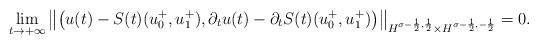
LaTeX: \begin{align*} \lim_{t \rightarrow + \infty} \left\|\left(u(t) - S(t)(u_0^+, u_1^+), \partial_t u(t) - \partial_t S(t)(u_0^+, u_1^+)\right)\right\|_{H^{\sigma-\frac{1}{2},\frac{1}{2}} \times H^{\sigma-\frac{1}{2},-\frac{1}{2}}} = 0. \end{align*}